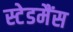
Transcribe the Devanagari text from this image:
स्टेडमैंस